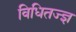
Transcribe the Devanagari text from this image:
विधितज्‍ज्ञ